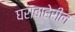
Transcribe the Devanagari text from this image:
घराबाहेरील